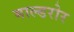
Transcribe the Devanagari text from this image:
माल्डरोर